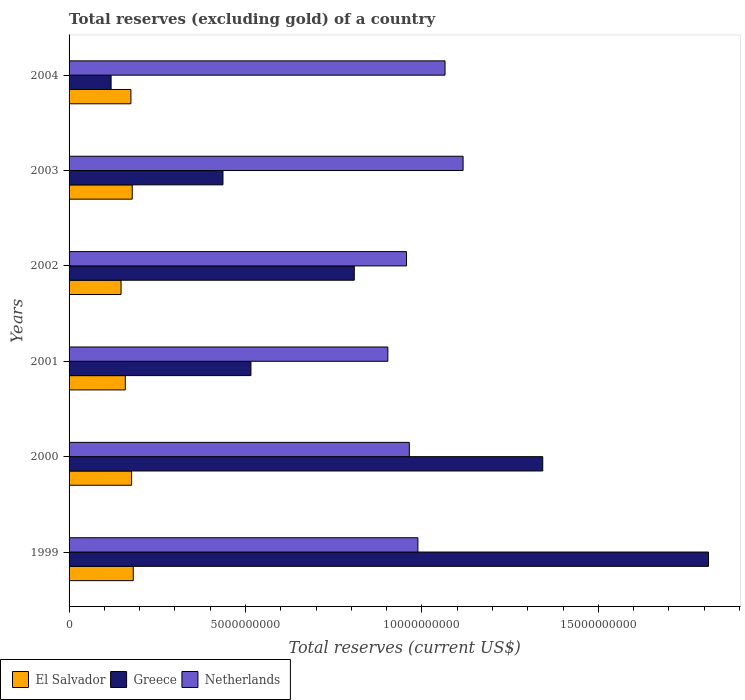
| Years | El Salvador | Greece | Netherlands |
 | --- | --- | --- | --- |
 | 1999 | 1.82e+09 | 1.81e+10 | 9.89e+09 |
 | 2000 | 1.77e+09 | 1.34e+10 | 9.64e+09 |
 | 2001 | 1.59e+09 | 5.15e+09 | 9.03e+09 |
 | 2002 | 1.47e+09 | 8.08e+09 | 9.56e+09 |
 | 2003 | 1.79e+09 | 4.36e+09 | 1.12e+10 |
 | 2004 | 1.75e+09 | 1.19e+09 | 1.07e+10 |